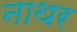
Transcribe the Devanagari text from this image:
नाथर